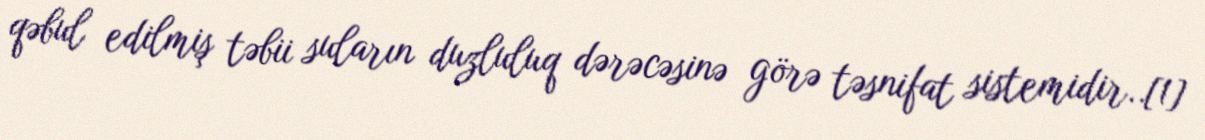
qəbul edilmiş təbii suların duzluluq dərəcəsinə görə təsnifat sistemidir..[1]